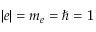
| e | = m _ { e } = \hbar = 1